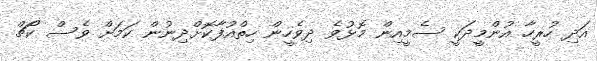
އަދި ހުރީހާ އުންމީދަކީ ސެމީއިން މޮޅުވެ ދިވެހީން ހިތްއުފާކޮށްދިނުން ކަމަށް ވެސް ކޯޗް